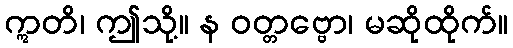
ဣတိ၊ ဤသို့။ န ဝတ္တဗ္ဗော၊ မဆိုထိုက်။